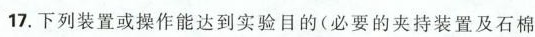
17.下列装置或操作能达到实验目的(必要的夹持装置及石棉